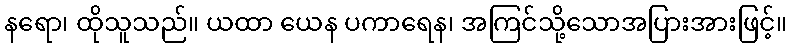
နရော၊ ထိုသူသည်။ ယထာ ယေန ပကာရေန၊ အကြင်သို့သောအပြားအားဖြင့်။